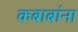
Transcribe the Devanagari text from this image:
कबाबांना